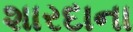
શારદાના